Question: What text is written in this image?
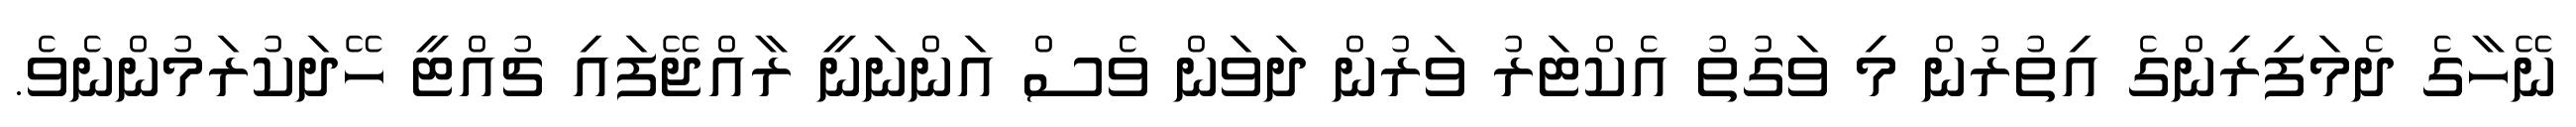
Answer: ނޭހާގެ ދެމަފިރިންގެ އިތުރުން މި ވަގުތު އެކްޓަރު ވަރުން ދަވަން ވެސް އަންނަނީ ރާއްޖޭފައި ޗުއްޓީ ހޭދަކުރަމުންނެވެ.